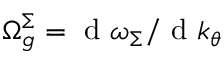
\Omega _ { g } ^ { \Sigma } = \textup { d } \omega _ { \Sigma } / \textup { d } k _ { \theta }